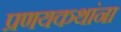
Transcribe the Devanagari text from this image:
प्रणयकथांना